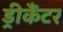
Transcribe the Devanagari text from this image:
ड्रीकैंटर